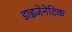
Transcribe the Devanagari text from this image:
डाइजेनेटिक